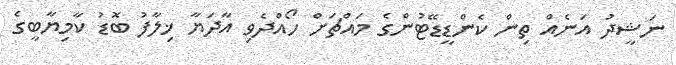
ނަޝީދު އަނެއް ތިން ކެންޑީޑޭޓުންގެ މައްޗަށް ހޯއްދެވި އާދަޔާ ޚިލާފު ބޮޑު ކާމިޔާބީގެ